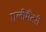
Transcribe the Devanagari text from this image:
एलीमैंटरी